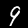
Digit: 9